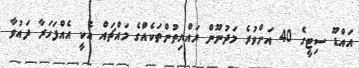
އައްޑޫ ސިޓީގެ 40 އަށްވުރެ މަދުނޫން ރައްޔިތުންތަކެއްގެ މައްޗައް އެކީ އެއްފަހަރާ ދައުވާ